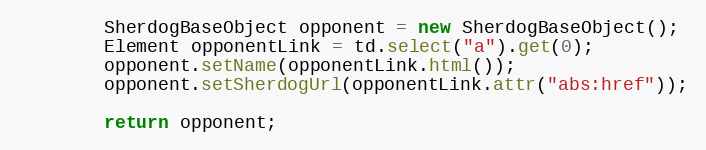
Language: Java
        SherdogBaseObject opponent = new SherdogBaseObject();
        Element opponentLink = td.select("a").get(0);
        opponent.setName(opponentLink.html());
        opponent.setSherdogUrl(opponentLink.attr("abs:href"));

        return opponent;